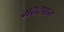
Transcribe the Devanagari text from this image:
मद्दपान